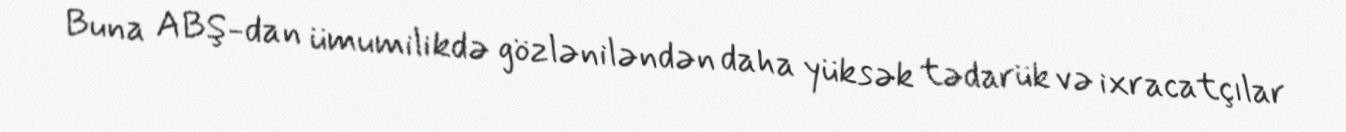
Buna ABŞ-dan ümumilikdə gözləniləndən daha yüksək tədarük və ixracatçılar